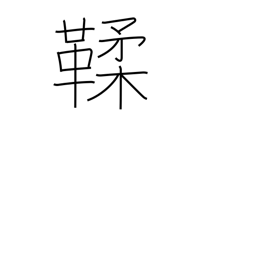
Meaning: tanned leather